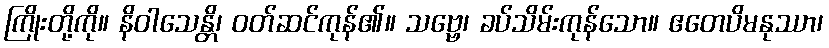
ကြိုးတို့ကို။ နိဝါသေန္တိ၊ ဝတ်ဆင်ကုန်၏။ သဗ္ဗေ၊ ခပ်သိမ်းကုန်သော။ ဧတေပိမနုဿာ၊